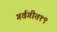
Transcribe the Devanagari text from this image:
गर्वगीत१९